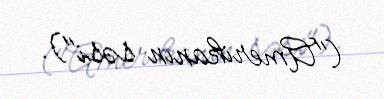
("Amerikanın səsi").